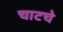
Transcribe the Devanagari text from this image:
चाटचे